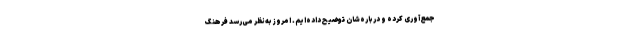
جمع‌آوری کرده و درباره‌شان توضیح داده‌ایم. امروز به‌نظر می‌رسد فرهنگ